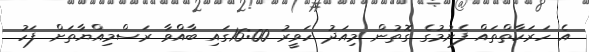
އެ ހަރަކާތްތައް ފެށުމުގެ ގޮތުން މިއަދު ހަވީރު 16:00ގައި ބާއްވާ ރަސްމިއްޔާތަށް ފަހު